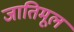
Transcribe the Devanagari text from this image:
जातिमूल